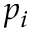
p _ { i }